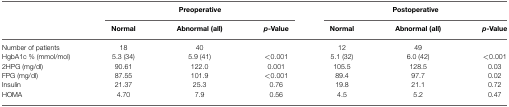
<table><thead><tr><td></td><td colspan="3"><b>Preoperative</b></td><td colspan="3"><b>Postoperative</b></td></tr><tr><td></td><td><b>Normal</b></td><td><b>Abnormal (all)</b></td><td><b><i>p</i>-Value</b></td><td><b>Normal</b></td><td><b>Abnormal (all)</b></td><td><b><i>p</i>-Value</b></td></tr></thead><tbody><tr><td>Number of patients</td><td>18</td><td>40</td><td></td><td>12</td><td>49</td><td></td></tr><tr><td>HgbA1c % (mmol/mol)</td><td>5.3 (34)</td><td>5.9 (41)</td><td>&lt;0.001</td><td>5.1 (32)</td><td>6.0 (42)</td><td>&lt;0.001</td></tr><tr><td>2HPG (mg/dl)</td><td>90.61</td><td>122.0</td><td>0.001</td><td>105.5</td><td>128.5</td><td>0.03</td></tr><tr><td>FPG (mg/dl)</td><td>87.55</td><td>101.9</td><td>&lt;0.001</td><td>89.4</td><td>97.7</td><td>0.02</td></tr><tr><td>Insulin</td><td>21.37</td><td>25.3</td><td>0.76</td><td>19.8</td><td>21.1</td><td>0.72</td></tr><tr><td>HOMA</td><td>4.70</td><td>7.9</td><td>0.56</td><td>4.5</td><td>5.2</td><td>0.47</td></tr></tbody></table>